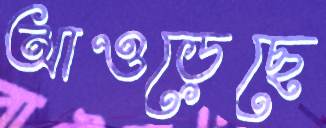
আওড়েছে